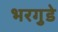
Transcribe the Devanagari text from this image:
भरगुडे